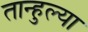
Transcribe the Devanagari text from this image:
तान्हुल्या